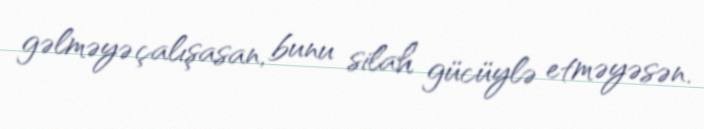
gəlməyə çalışasan, bunu silah gücüylə etməyəsən.